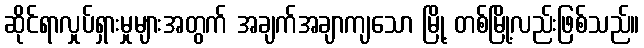
ဆိုင်ရာလှုပ်ရှားမှုများအတွက် အချက်အချာကျသော မြို့ တစ်မြို့လည်းဖြစ်သည်။